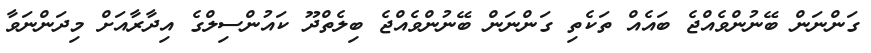
ގަންނަން ބޭނުންވެއްޖެ ބައެއް ތަކެތި ގަންނަން ބޭނުންވެއްޖެ ބިލެތްދޫ ކައުންސިލްގެ އިދާރާއަށް މިދަންނަވާ